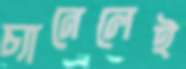
চ্যানেলেই